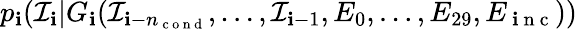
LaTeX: p_{\mathbf{i}}({\mathcal{I}}_{\mathbf{i}}|G_{\mathbf{i}}({\mathcal{I}}_{\mathbf{i}-n_{\mathrm{{~c~o~n~d~}}}},\dots,{\mathcal{I}}_{\mathbf{i}-1},E_{0},\dots,E_{29},E_{\mathrm{{~\mathbf{i}~n~c~}}}))